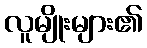
လူမျိုးများ၏